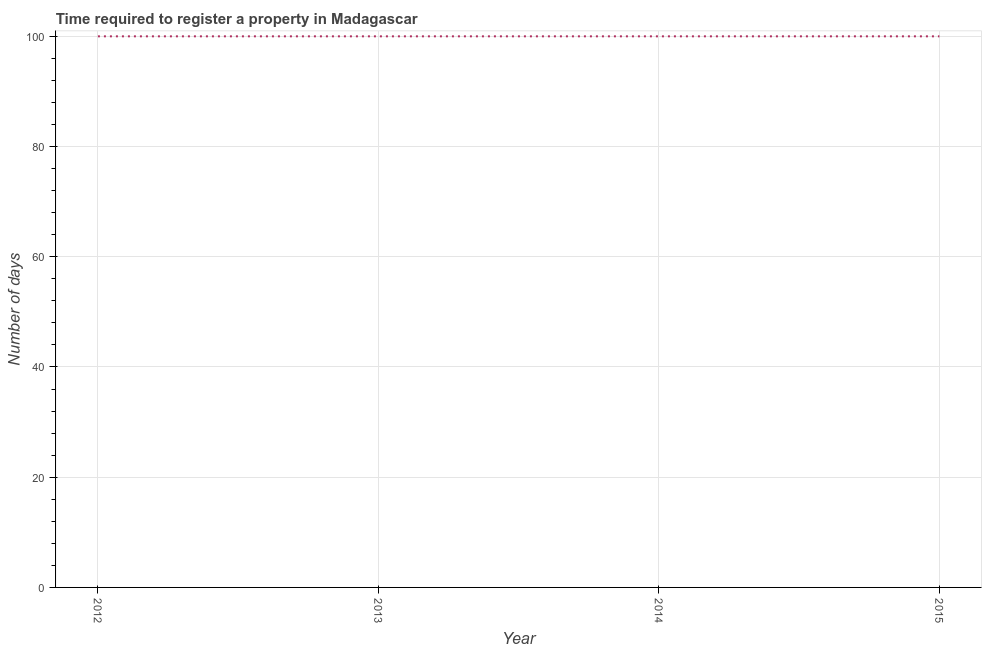
| Year | Register property |
 | --- | --- |
 | 2012 | 100 |
 | 2013 | 100 |
 | 2014 | 100 |
 | 2015 | 100 |